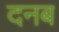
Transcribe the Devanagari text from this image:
दनब